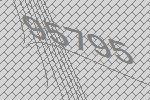
95795